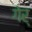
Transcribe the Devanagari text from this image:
गेर्